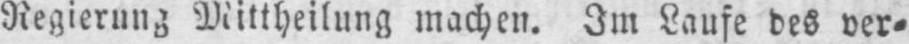
Regierung Mittheilung machen. Im Laufe des ver⸗